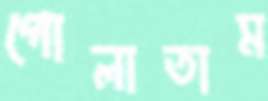
গোলাতাম